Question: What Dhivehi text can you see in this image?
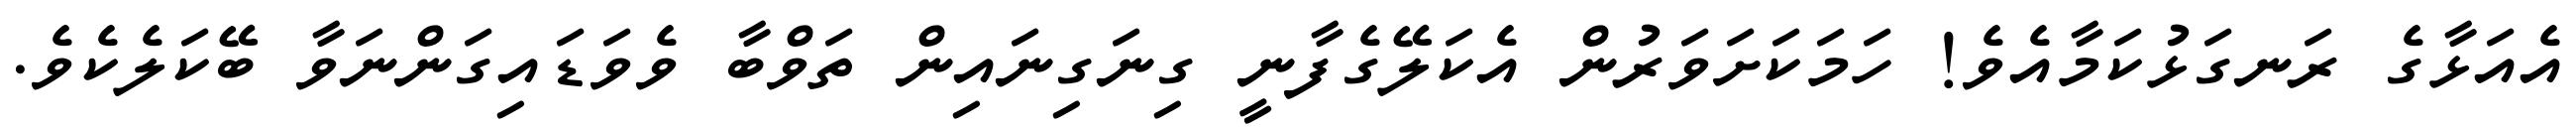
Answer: އެއަޅާގެ ރަނގަޅުކަމާއެވެ! ހަމަކަށަވަރުން އެކަލޭގެފާނީ ގިނަގިނައިން ތަވްބާ ވެވަޑައިގަންނަވާ ބޭކަލެކެވެ.